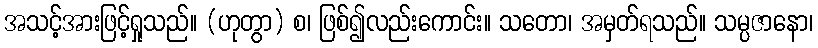
အသင့်အားဖြင့်ရှုသည်။ (ဟုတွာ) စ၊ ဖြစ်၍လည်းကောင်း။ သတော၊ အမှတ်ရသည်။ သမ္ပဇာနော၊